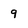
Character: 9